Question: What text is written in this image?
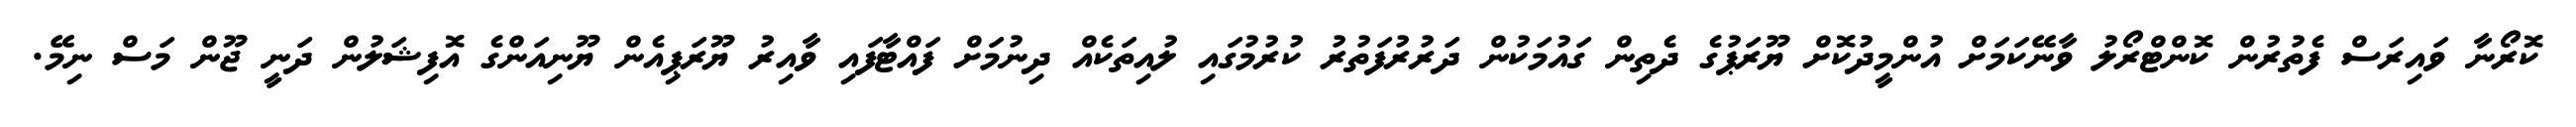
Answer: ކޮރޯނާ ވައިރަސް ފެތުރުން ކޮންޓްރޯލު ވާނޭކަމަށް އުންމީދުކޮށް ޔޫރަޕުގެ ދެތިން ގައުމަކުން ދަރުރުފަތުރު ކުރުމުގައި ލުއިތަކެއް ދިނުމަށް ފައްޓާފައި ވާއިރު ޔޫރަޕިއެން ޔޫނިއަންގެ އޮފިޝަލުން ދަނީ ޖޫން މަސް ނިމޭ.